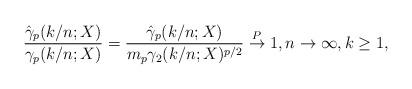
LaTeX: \begin{align*}\frac{\hat{\gamma}_p(k/n;X)}{\gamma_p(k/n;X)} = \frac{\hat{\gamma}_p(k/n;X)}{m_p\gamma_2(k/n;X)^{p/2}} \stackrel{P}{\rightarrow} 1, n \rightarrow \infty, k\geq 1,\end{align*}